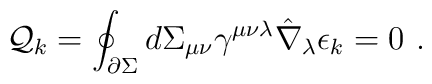
{\cal Q}_{k}  =  \oint_{\partial \Sigma}   d\Sigma_{\mu\nu}\gamma^{\mu\nu\lambda}\hat \nabla _\lambda \epsilon_k =0 \ .